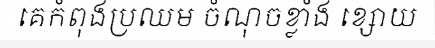
គេកំពុងប្រឈម ចំណុចខ្លាំង ខ្សោយ